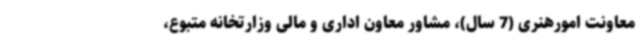
معاونت امورهنری (7 سال)، مشاور معاون اداری و مالی وزارتخانه متبوع،